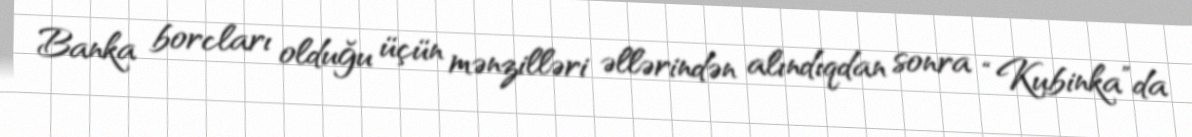
Banka borcları olduğu üçün mənzilləri əllərindən alındıqdan sonra “Kubinka”da